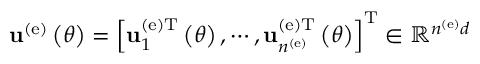
{ \bf u } ^ { \left( \mathrm { e } \right) } \left( \theta \right) = \left[ { \bf u } _ { 1 } ^ { \left( \mathrm { e } \right) \mathrm { T } } \left( \theta \right) , \cdots , { \bf u } _ { n ^ { \left( \mathrm { e } \right) } } ^ { \left( \mathrm { e } \right) \mathrm { T } } \left( \theta \right) \right] ^ { \mathrm { T } } \in \mathbb { R } ^ { n ^ { \left( \mathrm { e } \right) } d }